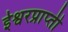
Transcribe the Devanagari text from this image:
ईश्वरप्राप्‍ती